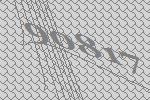
90817